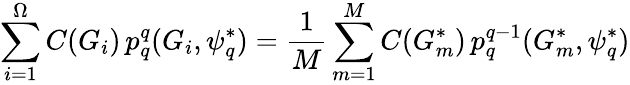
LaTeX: \sum_{i=1}^{\Omega}C(G_{i})\, p_{q}^{q}(G_{i},\psi_{q}^{*})=\frac{1}{M}\sum_{m=1}^{M}C(G_{m}^{*})\, p_{q}^{q-1}(G_{m}^{*},\psi_{q}^{*})